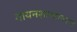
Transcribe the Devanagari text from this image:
गायनशास्त्रावरचे